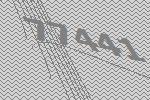
77441